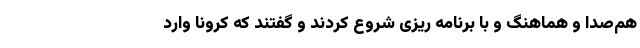
هم‌صدا و هماهنگ و با برنامه ریزی شروع کردند و گفتند که کرونا وارد